Medical and sanitary report of the native army of Madras for the year
Year: 1872
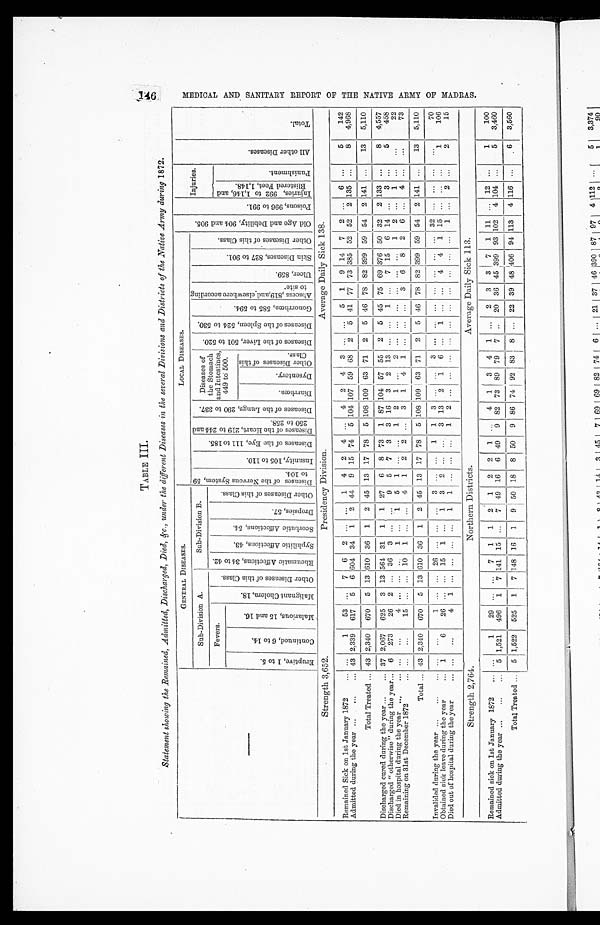
1 4 6 ME DI C AL AND S ANI T AR Y R E P OR T OF T HE NAT I VE AR MY OF MADR AS .
TABLE III.
Statement showing the Remained, Admitted, Discharged, Died, &c., under the different Diseases in the several Divisions and Districts of the Native Army during 1872.
—
GENERAL DISEASES.
LOCAL DISEASES.
O l d A g e a n d D e b i l i t y , 9 0 4 a n d 9 0 5 .
P o i s o n s , 9 9 6 t o 9 9 1 .
Injuries.
A l l o t h e r D i s e a s e s .
Tot a l .
Sub-Division A.
Sub-Division B.
D i s e a s e s o f t h e N e r v o u s S y s t e m , 5 9 t o 1 0 4 .
I n s a n i t y , 1 0 5 t o 1 1 0 .
D i s e a s e s o f t h e E y e , 1 1 1 t o 1 8 5 .
D i s e a s e s o f t h e H e a r t , 2 1 9 t o 2 4 4 a n d 2 5 0 t o 2 5 8 .
D i s e a s e s o f t h e L u n g s , 2 9 0 t o 3 3 7 . Diseases of
the Stomach
and Intestines,
449 to 500.
D i s e a s e s o f t h e L i v e r , 5 0 1 t o 5 2 0 . D i s e a s e s o f t h e S p l e e n , 5 2 4 t o 5 3 0 .
G o n o r r h œ a , 5 8 5 t o 5 9 4 .
A b s c e s s , 8 1 9 , a n d e l s e w h e r e a c c o r d i n g t o s i t e .
Ul c e r , 8 5 9 .
S k i n D i s e a s e s , 8 2 7 t o 9 0 1 .
O t h e r D i s e a s e s o f t h i s C l a s s .
Fevers.
M a l i g n a n t C h o l e r a , 1 8 .
O t h e r D i s e a s e s o f t h i s C l a s s .
R h e u m a t i c A f f e c t i o n s , 3 4 t o 4 2 .
S y p h i l i t i c A f f e c t i o n s , 4 3 . S c o r b u t i c A f f e c t i o n s , 5 4 .
D r o p s i e s , 5 7 .
O t h e r D i s e a s e s o f t h i s C l a s s .
I n j u r i e s , 9 9 2 t o 1 , 1 4 6 , a n d B l i s t e r e d F e e t , 1 , 1 4 8 .
Pu n i s h me n t .
E r u p t i v e , 1 t o 5 .
C o n t i n u e d , 6 t o 1 4 .
M a l a r i o u s , 1 5 a n d 1 6 .
D i a r r h œ a .
Dys e nt e r y.
O t h e r D i s e a s e s o f t h i s C l a s s .
Strength 3,652.
Presidency Division.
Average Daily Sick 138.
Remained Sick on 1st January 1872
1
53 ... 7 6 2 ... ...
1 4 2 4 ... 4 2 4 3 ... ...
5 1 9 14 7 2 ... 6 ...
5
142
Admitted during the year ...
...
... 43 2,339 617 5 6 604 34 1 2 44 9 15 74 5 104 107 59 68 2 5 41 77 73 385 52 52 2 135 ...
8
4,968
Total Treated ... 43 2,340 670 5 13 610 36 1 2 45 13 17 78 5 108 109 63 71 2 5 46 78 82 399 59 54 2 141 ...
13
5,110
Discharged cured during the year ...
... 37 2,067 625 3 13 564 31 1 1 27 6 8 73 1 87 104 57 55 2 5 45 75 69 376 50 32 2 133 ...
8
4,557
Discharged "otherwise" during the year... 6 273
26 2 ... 36 3 ... ... 9 5 7 3 3 16 3 2 13 ... ...
1 ...
7 15 6 14 ...
3 ...
5
458
Died in hospital during the year ...
... ...
...
4
1
1 5 1
1 2 1
2
1 2
1
22
Remaining on 31st December 1872
15 ...
10 1 ... ... 4 1 2 2 ... 3 1 4 1 ... ... ...
3 6 8 2 6 ... 4 ...
...
73
Total ... 43 2,340 670 5 13 610 36 1
2 45 13 17 78 5 108 109 63 71 2 5 46 78 82 399 59 54 2 141 ...
13
5,110
Invalided during the year ...
...
... ...
..
1
26
3
1 1 3
3
... ... ...
32
70
Obtained sick leave during the year
... 1
6
26 ... ... 15 1 ... 1 3 2 ...
3 13 2 1 6 ... 1
4 4
1 15 ........
1
106
Died out of hospital during the year...
... ...
4 1
1 1
1 2
1
2
2
15
Strength 2,764.
Northern Districts.
Average Daily Sick 113.
Remained sick on 1st January 1872
1
29 ... ... 7 1 1 2 1 2 2 1 ...
4 1 3 4 1 ... 2 3 3 7 1 11 ... 12 ...
1
100
Admitted during the year ...
...
... 5 1,521 496 1 7 141 15
7 49 16 6 49 9 82 73 89 79 7
20 36 45 399 93 102 4 104 ...
5
3,460
Total Treated ... 5 1,522 525 1 7 148 16 1 9 50 18 8 50 9 86 74 92 83 8 ... 22 39 48 406 94 113 4 116
6
3,560